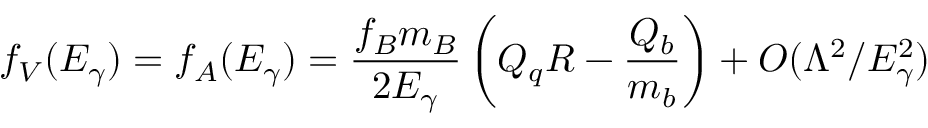
f _ { V } ( E _ { \gamma } ) = f _ { A } ( E _ { \gamma } ) = \frac { f _ { B } m _ { B } } { 2 E _ { \gamma } } \left( Q _ { q } R - \frac { Q _ { b } } { m _ { b } } \right) + { \cal O } ( \Lambda ^ { 2 } / E _ { \gamma } ^ { 2 } )